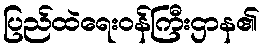
ပြည်ထဲရေးဝန်ကြီးဌာန၏